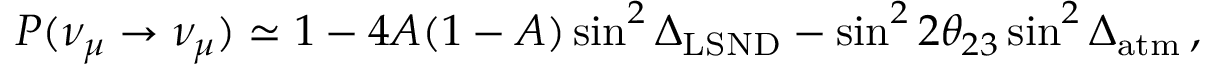
P ( \nu _ { \mu } \to \nu _ { \mu } ) \simeq 1 - 4 A ( 1 - A ) \sin ^ { 2 } \Delta _ { \mathrm { L S N D } } - \sin ^ { 2 } 2 \theta _ { 2 3 } \sin ^ { 2 } \Delta _ { \mathrm { a t m } } \, ,